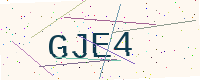
Text: GJE4